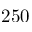
2 5 0